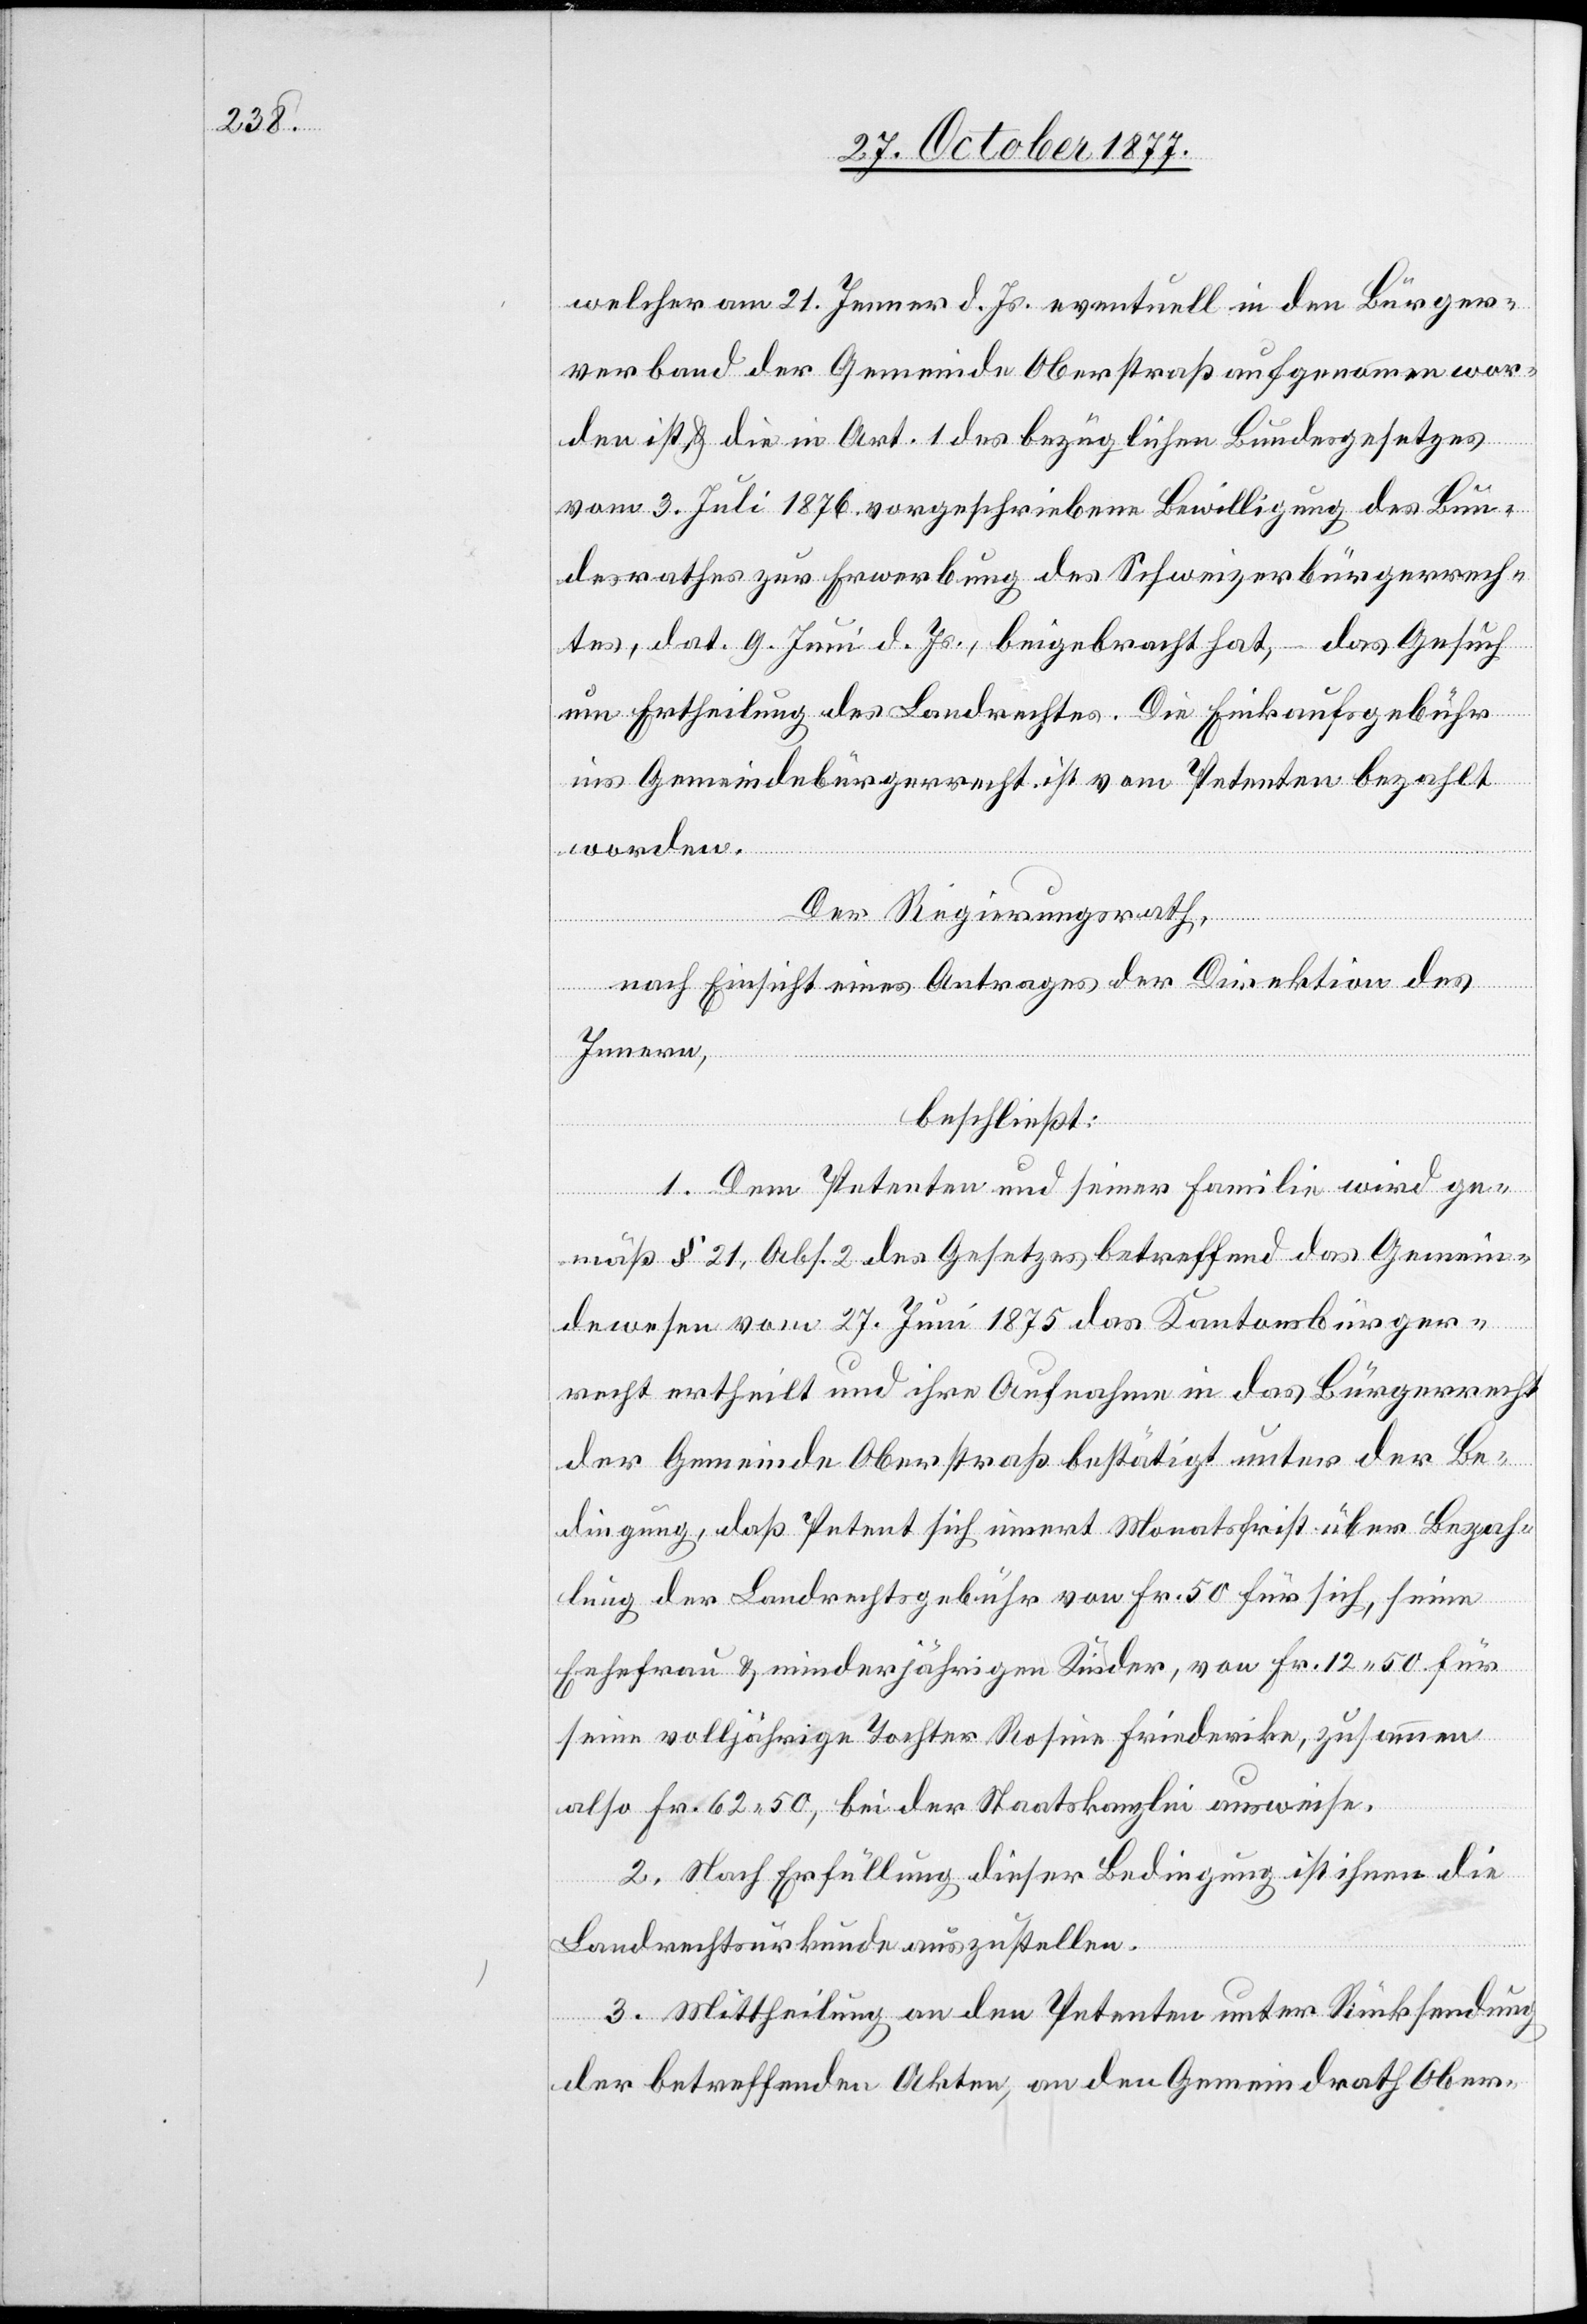
welcher am 21. Jenner d. Js. eventuell in den Bürger¬
verband der Gemeinde Oberstraß aufgenommen wor¬
den ist, & die in Art. 1 des bezüglichen Bundesgesetzes
vom 3. Juli 1876 vorgeschriebene Bewilligung des Bun¬
desrathes zur Erwerbung des Schweizerbürgerrech¬
tes, dat. 9. Juni d. Js., beigebracht hat, – das Gesuch
um Ertheilung des Landrechtes. Die Einkaufsgebühr
ins Gemeindebürgerrecht ist vom Petenten bezahlt
worden.
Der Regierungsrath,
nach Einsicht eines Antrages der Direktion des
Innern,
beschließt:
1. Dem Petenten und seiner Familie wird ge¬
mäß § 21, Abs. 2 des Gesetzes betreffend das Gemein¬
dewesen vom 27. Juni 1875 das Kantonsbürger¬
recht ertheilt und ihre Aufnahme in das Bürgerrecht
der Gemeinde Oberstraß bestätigt unter der Be¬
dingung, daß Petent sich innert Monatsfrist über Bezah¬
lung der Landrechtsgebühr von Fr. 50 für sich, seine
Eehefrau [sic!] & minderjährigen Kinder, von Fr. 12.50 für
seine volljährige Tochter Rosine Friederike, zusammen
also Fr. 62.50, bei der Staatskanzlei ausweise.
2. Nach Erfüllung dieser Bedingung ist ihnen die
Landrechtsurkunde auszustellen.
3. Mittheilung an den Petenten unter Rücksendung
der betreffenden Akten, an den Gemeindrath Ober-